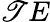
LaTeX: \mathscr{T}E